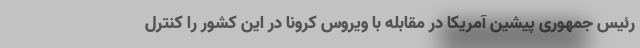
رئیس جمهوری پیشین آمریکا در مقابله با ویروس کرونا در این کشور را کنترل